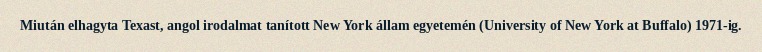
Miután elhagyta Texast, angol irodalmat tanított New York állam egyetemén (University of New York at Buffalo) 1971-ig.